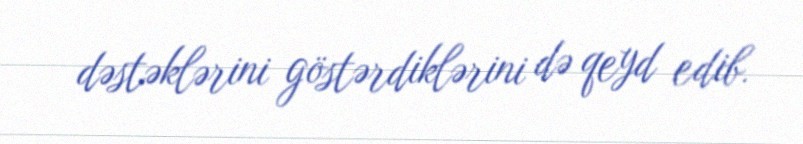
dəstəklərini göstərdiklərini də qeyd edib.